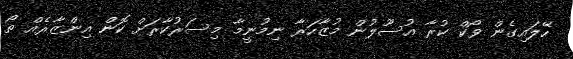
ހޭލައިގެން ވޯކް ކުރާ އުސޫލުން މުޒާހަރާ ނިމުނީމާ މިސަރުކާރަށް ކޮން އިންޒާރެއް ތޯ